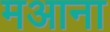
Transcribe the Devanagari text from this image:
मआना